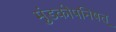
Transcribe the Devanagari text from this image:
मुंडकोपनिषत्